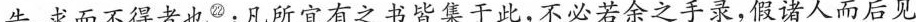
告求而不得者也^{㉒};凡所宜有之书皆集于此,不必若余之手录,假诸人而后见